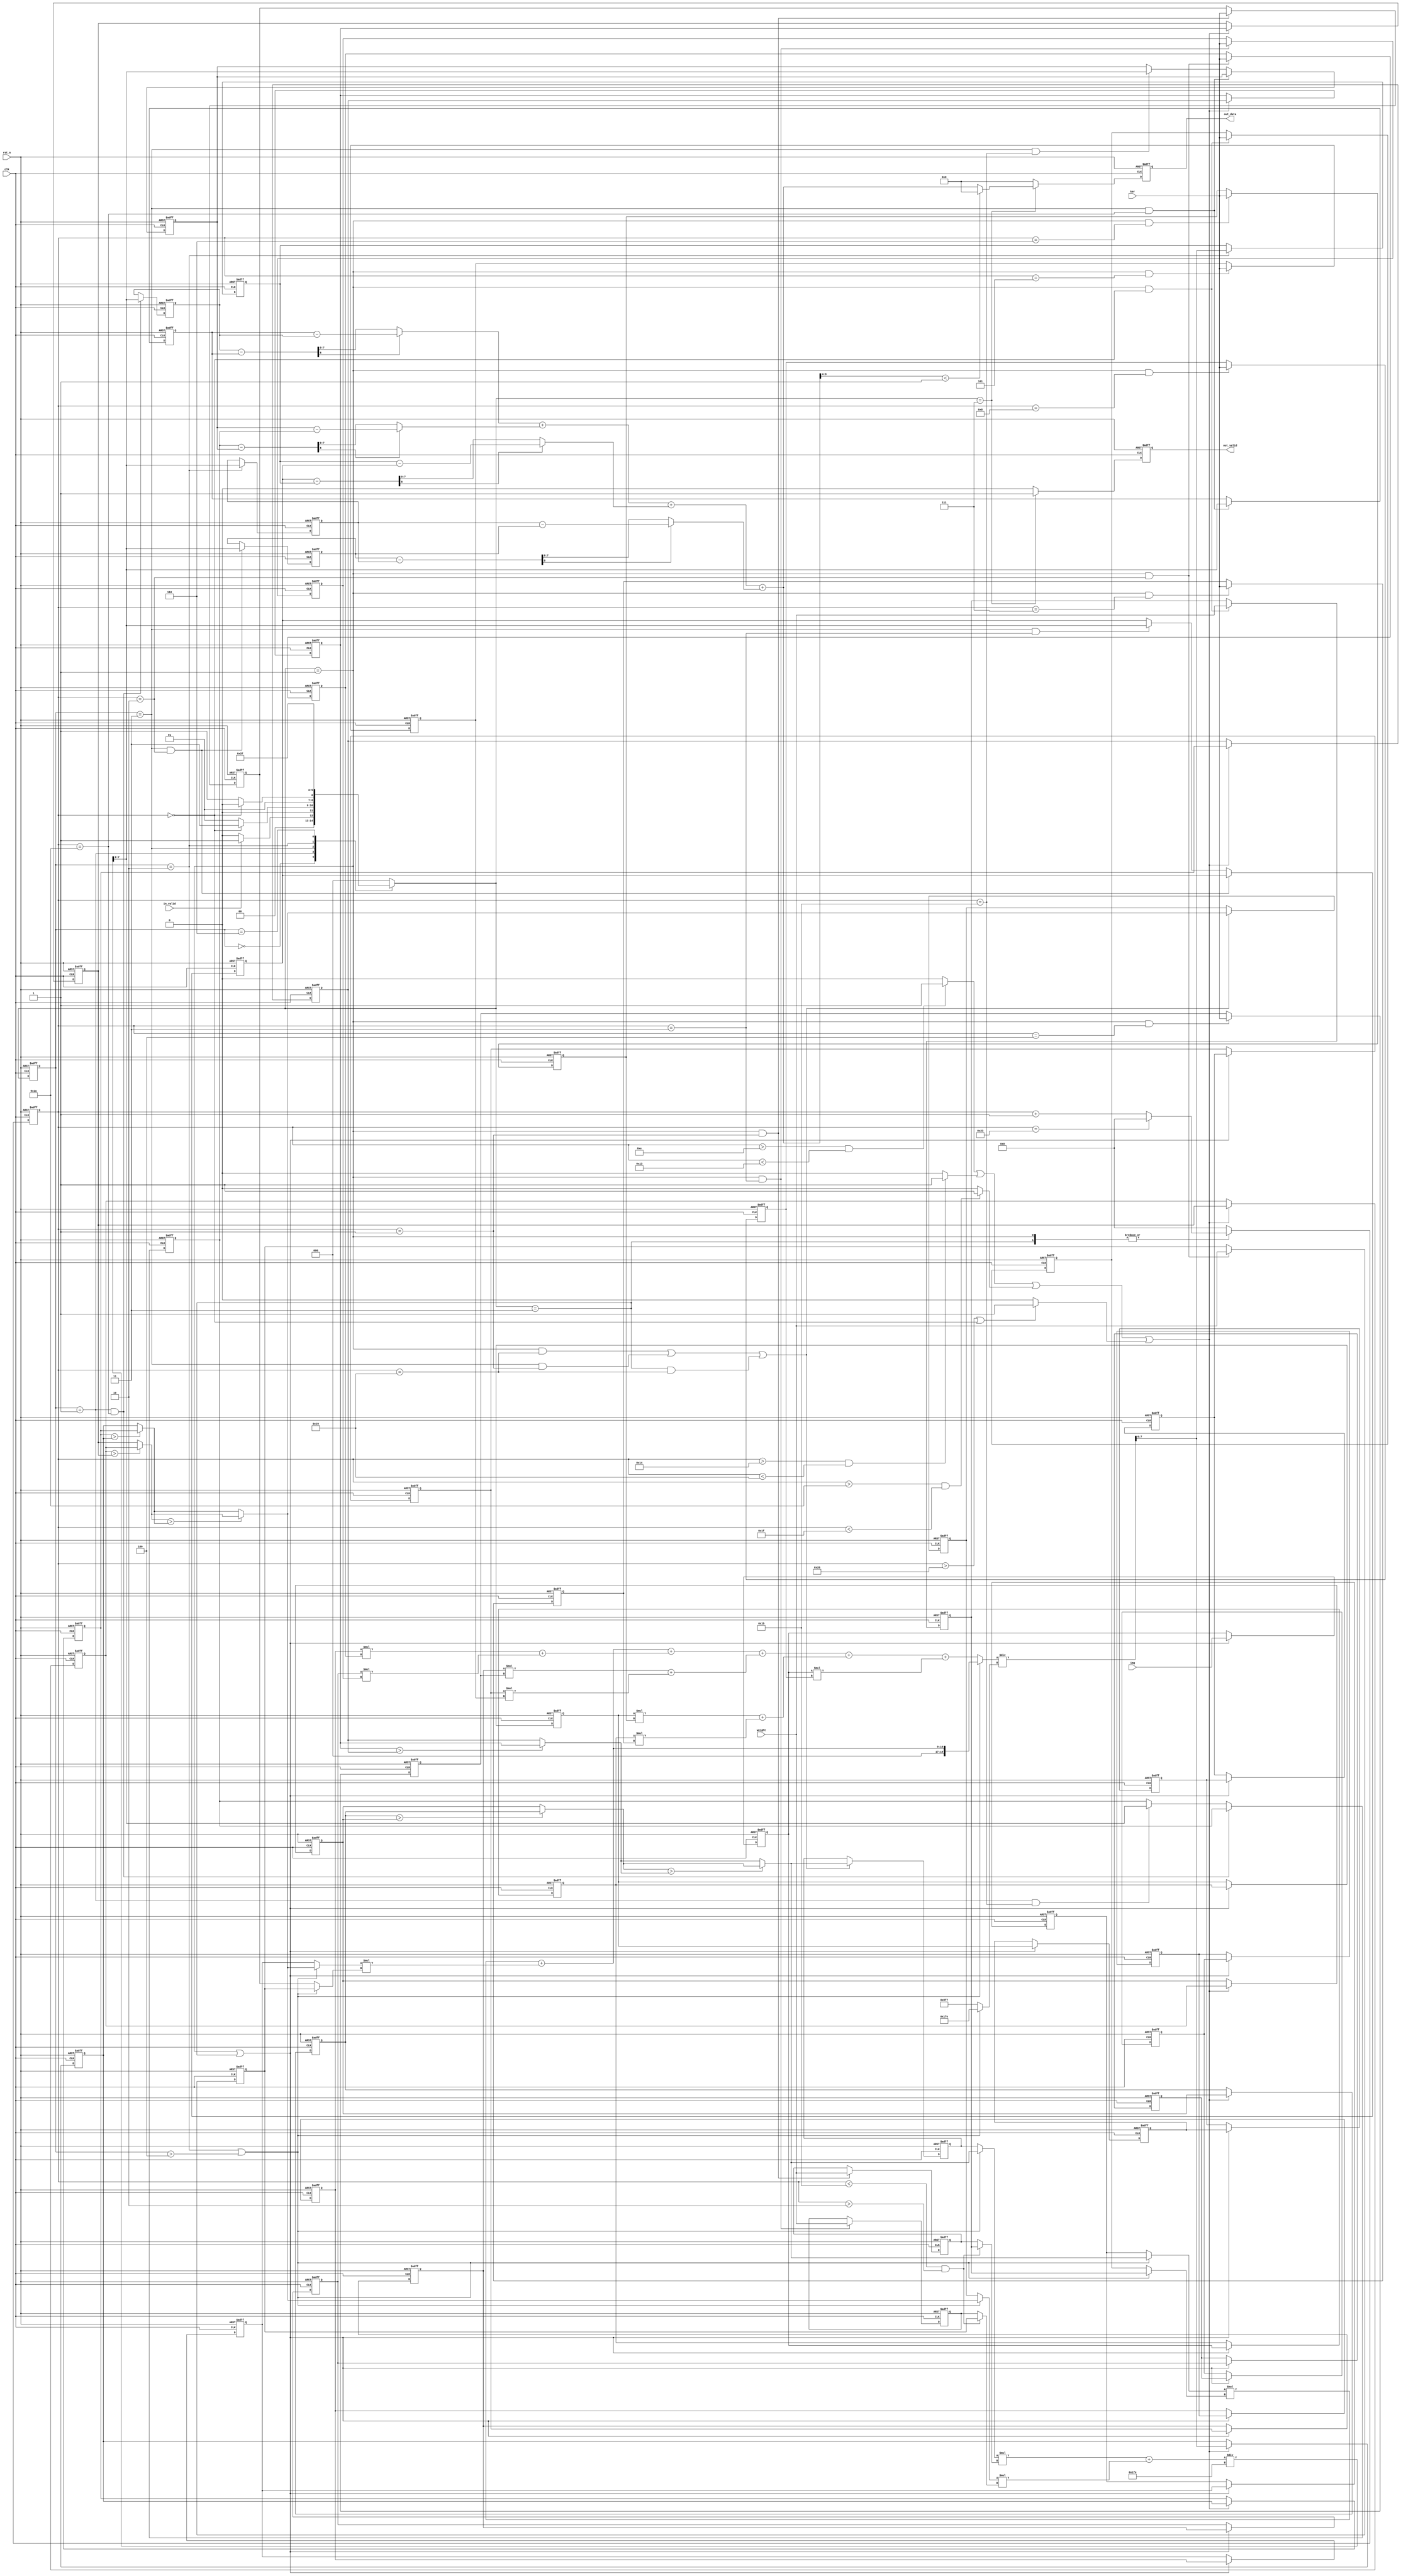
//===================================================================
//	v6
//===================================================================
// main
module SNN(
	// Input signals
	clk,
	rst_n,
	in_valid,
	img,
	ker,
	weight,
	// Output signals
	out_valid,
	out_data
);

input clk;
input rst_n;
input in_valid;
input [7:0] img;
input [7:0] ker;
input [7:0] weight;

output reg out_valid;
output reg [9:0] out_data;

//==============================================//
//       parameter & integer declaration        //
//==============================================//
parameter S_IDLE = 'd0,
		  S_INPUT_1 = 'd1,
		  S_INPUT_2 = 'd3,
		  S_CNN_2 = 'd2,
		  S_NN_2 = 'd6,
		  S_OUT    = 'd7;

//==============================================//
//           reg & wire declaration             //
//==============================================//

reg [2:0] current_state, next_state;



reg [7:0] weight_map[1:0][1:0];
reg [7:0] kernel[2:0][2:0];
reg [7:0] img0 [14:0];//, img1 [5:0][5:0];

//reg [7:0] cnn_map [3:0][3:0];

reg [7:0] cnn_map0[7:0];
reg [7:0] max_map_new[1:0];

//wire [11:0] divisor;
wire [7:0] ratio_result_cnn, ratio_result_vec;
wire [11:0] ratio_b;
wire [19:0] ratio_a;

reg [7:0] nn_1[3:0], nn_2[3:0];

wire [15:0] mult_comb_result[8:0];
wire [7:0] mult_a[3:0], mult_b[3:0];




wire [16:0] add_2_result[3:0];
wire [19:0] add_9_result;

wire [7:0] sort_a[1:0], sort_b[1:0], sort_result[1:0];

wire signed [8:0] sub_comb_result[3:0];
wire [7:0] sub_comb_result_in[3:0];
wire [7:0] L1_partial_comb [3:0];
wire [9:0] L1_comb_result; //9:0
wire [9:0] out_result;//9:0


reg [5:0] cnt, cnt_comb;


wire section_en[3:0];

wire[16:0] nn_comb;
wire[7:0] weight_sel[1:0];
wire[16:0] ratio_c;


wire cnt_eq_2;
wire [7:0] nn_a,nn_b;
//==============================================//
//                  design                      //
//==============================================//

//-------------------------------------------
//	OUTPUT ctr
//-------------------------------------------

assign out_result = (L1_comb_result[9:4]<'b1)?'b0:L1_comb_result;
always @(posedge clk or negedge rst_n) begin
	if(~rst_n)					out_valid <= 'b0;
	else if(next_state==S_OUT)	out_valid <= 'b1;
	else						out_valid <= 'b0;
end
always @(posedge clk or negedge rst_n) begin
	if(~rst_n)					out_data <= 'b0;
	else if(next_state==S_OUT)	out_data <=  out_result;
	else						out_data <= 'b0;
end

//-------------------------------------------
//	FSM ctr
//-------------------------------------------
always@(posedge clk or negedge rst_n)begin
	if(~rst_n)	current_state <= S_IDLE;
	else		current_state <= next_state;
end
always@(*)begin
	case(current_state)
	S_IDLE:		if(in_valid)	next_state = S_INPUT_1;
				else			next_state = S_IDLE;
	S_INPUT_1:	if(cnt=='b0)	next_state = S_INPUT_2;
				else			next_state = S_INPUT_1;

	S_INPUT_2:  if(cnt=='b0)    next_state = S_CNN_2;
				else			next_state = S_INPUT_2;

	S_CNN_2:	next_state = S_NN_2;
	//S_NN_1:		if(cnt=='b0)	next_state = S_NN_2;
	//			else			next_state = S_NN_1;
	S_NN_2:		next_state = S_OUT;
				//if(cnt=='b0)	next_state = S_OUT;//S_L1_ACT;//S_L1_ACT;
				//else			next_state = S_NN_2;
	//S_L1_ACT:	next_state = S_OUT;


	default:	next_state = S_IDLE;
	endcase

end
//-------------------------------------------
//	cnt ctr
//-------------------------------------------
always@(*)begin
	case(next_state)
		S_IDLE:		cnt_comb = 'b0;
		S_INPUT_1:	cnt_comb = (cnt=='d35)?'b0: cnt + 'b1;
		S_INPUT_2:	cnt_comb = (cnt=='d35)?'b0: cnt + 'b1;
		S_CNN_2:	cnt_comb = 'b0;
		//S_NN_1:		cnt_comb = (cnt=='d1)?'b0: cnt + 'b1;
		S_NN_2:		cnt_comb = 'b0;

	default:	cnt_comb = 'b0;
	endcase
end



always@(posedge clk or negedge rst_n)begin
	if(~rst_n)	cnt <= 'b0;
	else		cnt <= cnt_comb;
end
//-------------------------------------------
//	INPUT ctr
//-------------------------------------------
genvar img_idx;
generate
	for(img_idx=0;img_idx<15;img_idx=img_idx+1)begin
		if(img_idx==14)begin
			always@(posedge clk or negedge rst_n)begin
				if(~rst_n)							img0[14] <= 'b0;
				else if(next_state == S_INPUT_1|next_state == S_INPUT_2)	
					img0[14] <= img;
				else								img0[14] <= img0[14];
			end
		end
		else begin
			always@(posedge clk or negedge rst_n)begin
				if(~rst_n)							img0[img_idx] <= 'b0;
				else if(next_state == S_INPUT_1|next_state == S_INPUT_2)	
					img0[img_idx] <= img0[img_idx+1];
				else								img0[img_idx] <= img0[img_idx];
			end
		end
	end


endgenerate


/*
always@(posedge clk or negedge rst_n)begin
	if(~rst_n)begin
		weight_map[0][0] <= 'b0; weight_map[0][1] <= 'b0;
		weight_map[1][0] <= 'b0; weight_map[1][1] <= 'b0;
	end
	else if(next_state == S_INPUT_1&(cnt<'d4))begin
		weight_map[0][0] <= weight_map[1][0]; weight_map[1][0] <= weight_map[0][1];
		weight_map[0][1] <= weight_map[1][1]; weight_map[1][1] <= weight;
	end
	else begin
		weight_map[0][0] <= weight_map[0][0]; weight_map[0][1] <= weight_map[0][1];
		weight_map[1][0] <= weight_map[1][0]; weight_map[1][1] <= weight_map[1][1];
	end
end



genvar ker_i, ker_j;
generate
	for(ker_i=0;ker_i<3;ker_i=ker_i+1)begin
		for(ker_j=0;ker_j<3;ker_j=ker_j+1)begin
			if((ker_i==2)&(ker_j==2))begin
				always@(posedge clk or negedge rst_n)begin
					if(~rst_n)										kernel[2][2] <= 'b0;
					else if(next_state == S_INPUT_1 &(cnt<'d9))		kernel[2][2] <= ker;
					else											kernel[2][2] <= kernel[2][2];
				end
			end
			else begin
				always@(posedge clk or negedge rst_n)begin
					if(~rst_n)										kernel[ker_i][ker_j] <= 'b0;
					else if(next_state == S_INPUT_1 &(cnt<'d9))		kernel[ker_i][ker_j] <= kernel[ker_i + (ker_j == 2)][(ker_j + 1) % 3];
					else											kernel[ker_i][ker_j] <= kernel[ker_i][ker_j];
				end
			end
		end
	end
endgenerate

*/



always@(posedge clk or negedge rst_n)begin
	if(~rst_n)								weight_map[0][0] <= 'b0;
	else if(next_state==S_INPUT_1&cnt=='d0)	weight_map[0][0] <= weight;
	else									weight_map[0][0] <= weight_map[0][0];
end
always@(posedge clk or negedge rst_n)begin
	if(~rst_n)								weight_map[1][0] <= 'b0;
	else if(next_state==S_INPUT_1&cnt=='d1)	weight_map[1][0] <= weight;
	else									weight_map[1][0] <= weight_map[1][0];
end

always@(posedge clk or negedge rst_n)begin
	if(~rst_n)								weight_map[0][1] <= 'b0;
	else if(next_state==S_INPUT_1&cnt=='d2)	weight_map[0][1] <= weight;
	else									weight_map[0][1] <= weight_map[0][1];
end
always@(posedge clk or negedge rst_n)begin
	if(~rst_n)								weight_map[1][1] <= 'b0;
	else if(next_state==S_INPUT_1&cnt=='d3)	weight_map[1][1] <= weight;
	else									weight_map[1][1] <= weight_map[1][1];
end
/*
genvar ker_i, ker_j;
generate
	for(ker_i=0;ker_i<3;ker_i=ker_i+1)begin
		for(ker_j=0;ker_j<3;ker_j=ker_j+1)begin
			if((ker_i==2)&(ker_j==2))begin
				always@(posedge G_clock_input or negedge rst_n)begin
					if(~rst_n)										kernel[2][2] <= 'b0;
					else if(next_state == S_INPUT_1 &(cnt<'d9))		kernel[2][2] <= ker;
					else											kernel[2][2] <= kernel[2][2];
				end
			end
			else begin
				always@(posedge clk or negedge rst_n)begin
					if(~rst_n)										kernel[ker_i][ker_j] <= 'b0;
					else if(next_state == S_INPUT_1 &(cnt<'d9))		kernel[ker_i][ker_j] <= kernel[ker_i + (ker_j == 2)][(ker_j + 1) % 3];
					else											kernel[ker_i][ker_j] <= kernel[ker_i][ker_j];
				end
			end
		end
	end
endgenerate
*/
always@(posedge clk or negedge rst_n)begin
	if(~rst_n) 			kernel[0][0] <= 'b0;
	else if(next_state==S_INPUT_1&cnt=='d0)	kernel[0][0] <= ker;
	else				kernel[0][0] <= kernel[0][0];
end
always@(posedge clk or negedge rst_n)begin
	if(~rst_n) 			kernel[0][1] <= 'b0;
	else if(next_state==S_INPUT_1&cnt=='d1)	kernel[0][1] <= ker;
	else				kernel[0][1] <= kernel[0][1];
end
always@(posedge clk or negedge rst_n)begin
	if(~rst_n) 			kernel[0][2] <= 'b0;
	else if(next_state==S_INPUT_1&cnt=='d2)	kernel[0][2] <= ker;
	else				kernel[0][2] <= kernel[0][2];
end

always@(posedge clk or negedge rst_n)begin
	if(~rst_n) 			kernel[1][0] <= 'b0;
	else if(next_state==S_INPUT_1&cnt=='d3)	kernel[1][0] <= ker;
	else				kernel[1][0] <= kernel[1][0];
end
always@(posedge clk or negedge rst_n)begin
	if(~rst_n) 			kernel[1][1] <= 'b0;
	else if(next_state==S_INPUT_1&cnt=='d4)	kernel[1][1] <= ker;
	else				kernel[1][1] <= kernel[1][1];
end
always@(posedge clk or negedge rst_n)begin
	if(~rst_n) 			kernel[1][2] <= 'b0;
	else if(next_state==S_INPUT_1&cnt=='d5)	kernel[1][2] <= ker;
	else				kernel[1][2] <= kernel[1][2];
end

always@(posedge clk or negedge rst_n)begin
	if(~rst_n) 			kernel[2][0] <= 'b0;
	else if(next_state==S_INPUT_1&cnt=='d6)	kernel[2][0] <= ker;
	else				kernel[2][0] <= kernel[2][0];
end
always@(posedge clk or negedge rst_n)begin
	if(~rst_n) 			kernel[2][1] <= 'b0;
	else if(next_state==S_INPUT_1&cnt=='d7)	kernel[2][1] <= ker;
	else				kernel[2][1] <= kernel[2][1];
end
always@(posedge clk or negedge rst_n)begin
	if(~rst_n) 			kernel[2][2] <= 'b0;
	else if(next_state==S_INPUT_1&cnt=='d8)	kernel[2][2] <= ker;
	else				kernel[2][2] <= kernel[2][2];
end

































//------------------------------------------
// cnn_map
//------------------------------------------

assign section_en[0] = ((cnt>'d14)&(cnt<'d19))?'b1:'b0;	//15,16,17,18;
assign section_en[1] = ((cnt>'d20)&(cnt<'d25))?'b1:'b0;	//21,22,23,24;
assign section_en[2] = ((cnt>'d26)&(cnt<'d31))?'b1:'b0;	//27,28,29,30;
assign section_en[3] = ((cnt>'d32)|(cnt=='d0))?'b1:'b0;	//33,34,35,0;

/*
genvar cnn_i, cnn_j;
generate
	for(cnn_i=0;cnn_i<4;cnn_i=cnn_i+1)begin
		for(cnn_j=0;cnn_j<4;cnn_j=cnn_j+1)begin
			if((cnn_i==3)&(cnn_j==3))begin
				always@(posedge clk or negedge rst_n)begin
					if(~rst_n)	cnn_map[3][3] <= 'b0;
					else if(section_en[0]|section_en[1]|section_en[2]|section_en[3])begin
						cnn_map[3][3] <= ratio_result_cnn;
					end
					else begin
						cnn_map[3][3] <= cnn_map[3][3];
					end

				end
			end
			else begin



			end
		end
	end
endgenerate
*/

genvar cnn_map_idx;
generate
	for(cnn_map_idx=0;cnn_map_idx<8;cnn_map_idx=cnn_map_idx+1)begin
		if(cnn_map_idx==7)begin
			always@(posedge clk or negedge rst_n)begin
				if(~rst_n)	cnn_map0[7] <= 'b0;
				else if(section_en[0]|section_en[1]|section_en[2]|section_en[3])
					cnn_map0[7] <= ratio_result_cnn;
				else cnn_map0[7] <= cnn_map0[7];
			end
		end
		else begin
			always@(posedge clk or negedge rst_n)begin
				if(~rst_n)	cnn_map0[cnn_map_idx] <= 'b0;
				else if(section_en[0]|section_en[1]|section_en[2]|section_en[3])
					cnn_map0[cnn_map_idx] <= cnn_map0[cnn_map_idx+1];
				else	cnn_map0[cnn_map_idx] <= cnn_map0[cnn_map_idx];
			end
		end
	end
endgenerate


always@(posedge clk or negedge rst_n)begin
	if(~rst_n)begin
		max_map_new[0] <= 'b0; max_map_new[1] <= 'b0;
	end
	else begin
		if((next_state==S_INPUT_1&(cnt=='d25))|(current_state==S_INPUT_2&(cnt=='d1))|(next_state==S_INPUT_2&(cnt=='d25)))begin
			max_map_new[0] <= sort_result[0]; max_map_new[1] <= sort_result[1];
		end
		else begin
			max_map_new[0] <= max_map_new[0]; max_map_new[1] <= max_map_new[1];
		end
	end
end

/*

//max_map0
always@(posedge clk or negedge rst_n)begin
	if(~rst_n)begin
		max_map0[0][0] <= 'b0; max_map0[0][1] <= 'b0;	
	end
	else if(next_state == S_INPUT_1&(cnt=='d25))begin
		max_map0[0][0] <= sort_result[0]; max_map0[0][1] <= sort_result[1];
	end
	else begin
		max_map0[0][0] <= max_map0[0][0]; max_map0[0][1] <= max_map0[0][1];
	end 
end
always@(posedge clk or negedge rst_n)begin
	if(~rst_n)begin
		max_map0[1][0] <= 'b0; max_map0[1][1] <= 'b0;
	end
	else if(current_state == S_INPUT_2&(cnt=='d1))begin
		max_map0[1][0] <= sort_result[0]; max_map0[1][1] <= sort_result[1];
	end
	else begin
		max_map0[1][0] <= max_map0[1][0]; max_map0[1][1] <= max_map0[1][1];
	end 
end

//max_map1
always@(posedge clk or negedge rst_n)begin
	if(~rst_n)begin
		max_map1[0][0] <= 'b0; max_map1[0][1] <= 'b0;	
	end
	else if(next_state == S_INPUT_2&(cnt=='d25))begin
		max_map1[0][0] <= sort_result[0]; max_map1[0][1] <= sort_result[1];
	end
	else begin
		max_map1[0][0] <= max_map1[0][0]; max_map1[0][1] <= max_map1[0][1];
	end 
end
always@(posedge clk or negedge rst_n)begin
	if(~rst_n)begin
		max_map1[1][0] <= 'b0; max_map1[1][1] <= 'b0;
	end
	else if(current_state == S_CNN_2&(cnt=='d0))begin
		max_map1[1][0] <= sort_result[0]; max_map1[1][1] <= sort_result[1];
	end
	else begin
		max_map1[1][0] <= max_map1[1][0]; max_map1[1][1] <= max_map1[1][1];
	end 
end

*/

//nn_1
/*
always@(posedge clk or negedge rst_n)begin
	if(~rst_n)begin
		nn_1[0] <= 'b0; nn_1[3] <= 'b0;	
	end
	else if(current_state == S_INPUT_1&(cnt=='d26))begin
		nn_1[0] <= ratio_result_vec;
	end
	else if(current_state == S_NN_1&(cnt=='d1))begin
		//nn_1[0] <= ratio_result_cnn; 
		nn_1[3] <= ratio_result_vec;
	end
	else begin
		nn_1[0] <= nn_1[0]; nn_1[3] <= nn_1[3];
	end 
end
always@(posedge clk or negedge rst_n)begin
	if(~rst_n)begin
		nn_1[2] <= 'b0; nn_1[1] <= 'b0;	
	end
	else if(current_state == S_INPUT_1&(cnt=='d27))begin
	 	nn_1[1] <= ratio_result_vec;
	end
	else if(current_state == S_NN_1&(cnt=='d0))begin
		nn_1[2] <= ratio_result_cnn;// nn_1[1] <= ratio_result_vec;
	end
	else begin
		nn_1[2] <= nn_1[2]; nn_1[1] <= nn_1[1];
	end 
end
*/
always@(posedge clk or negedge rst_n)begin
	if(~rst_n)begin
		nn_1[0] <= 'b0; nn_1[1] <= 'b0;
	end
	else if(current_state == S_INPUT_1&(cnt=='d26))begin
		nn_1[0] <= ratio_result_vec;
	end
	else if(current_state == S_INPUT_1&(cnt=='d27))begin
		nn_1[1] <= ratio_result_vec;
	end
	else begin
		nn_1[0] <= nn_1[0]; nn_1[1] <= nn_1[1];
	end
end

always@(posedge clk or negedge rst_n)begin
	if(~rst_n)begin
		nn_1[2] <= 'b0; nn_1[3] <= 'b0;
	end
	else if(current_state == S_INPUT_2&(cnt=='d2))begin
		nn_1[3] <= ratio_result_vec;
	end
	else if(current_state == S_INPUT_2&(cnt=='d3))begin
		nn_1[2] <= ratio_result_vec;
	end
	else begin
		nn_1[2] <= nn_1[2]; nn_1[3] <= nn_1[3];
	end
end
//nn_2
always@(posedge clk or negedge rst_n)begin
	if(~rst_n)begin
		nn_2[0] <= 'b0; nn_2[1] <= 'b0;
	end
	else if(current_state == S_INPUT_2&(cnt=='d26))begin
		nn_2[0] <= ratio_result_vec;
	end
	else if(current_state == S_INPUT_2&(cnt=='d27))begin
		nn_2[1] <= ratio_result_vec;
	end
	else begin
		nn_2[0] <= nn_2[0]; nn_2[1] <= nn_2[1];
	end
end

always@(posedge clk or negedge rst_n)begin
	if(~rst_n)begin
		nn_2[2] <= 'b0; nn_2[3] <= 'b0;	
	end
	else if(current_state == S_CNN_2)begin
		nn_2[2] <= ratio_result_cnn; nn_2[3] <= ratio_result_vec;
	end
	else begin
		nn_2[2] <= nn_2[2]; nn_2[3] <= nn_2[3];
	end 
end

//-------------------------------------------
//	comb
//-------------------------------------------
assign cnt_eq_2 = current_state == 'd2|current_state>'d4;
assign mult_a[0] = (cnt_eq_2)?sort_result[0]:img0[0]; //max_map1[1][0];
assign mult_b[0] = (cnt_eq_2)?weight_map[0][0]:kernel[0][0];
assign mult_a[1] = (cnt_eq_2)?sort_result[1]:img0[1];//max_map1[1][1];
assign mult_b[1] = (cnt_eq_2)?weight_map[0][1]:kernel[0][1];


//assign mult_a[2] = (current_state<'d4)?img0[2]:(current_state==S_NN_1)?max_map0[1][0]:max_map1[1][0];
//assign mult_b[2] = (current_state<'d4)?kernel[0][2]:weight_map[1][0];
//assign mult_a[3] = (current_state<'d4)?img0[6]:(current_state==S_NN_1)?max_map0[1][1]:max_map1[1][1];
//assign mult_b[3] = (current_state<'d4)?kernel[1][0]:weight_map[1][1];



//assign mult_comb_result[0] = img0[0] * kernel[0][0];
//assign mult_comb_result[1] = img0[1] * kernel[0][1];
//assign mult_comb_result[2] = img0[2] * kernel[0][2];
//assign mult_comb_result[3] = img0[6] * kernel[1][0];
assign mult_comb_result[0] = mult_a[0] * mult_b[0];
assign mult_comb_result[1] = mult_a[1] * mult_b[1];
//assign mult_comb_result[2] = mult_a[2] * mult_b[2];
//assign mult_comb_result[3] = mult_a[3] * mult_b[3];
assign mult_comb_result[2] = img0[2] * kernel[0][2];
assign mult_comb_result[3] = img0[6] * kernel[1][0];

assign mult_comb_result[4] = img0[7] * kernel[1][1];
assign mult_comb_result[5] = img0[8] * kernel[1][2];
assign mult_comb_result[6] = img0[12] * kernel[2][0];
assign mult_comb_result[7] = img0[13] * kernel[2][1];
assign mult_comb_result[8] = img0[14] * kernel[2][2];

assign add_2_result[0] = mult_comb_result[0] + mult_comb_result[1];
assign add_2_result[1] = mult_comb_result[2] + mult_comb_result[3];
assign add_2_result[2] = mult_comb_result[4] + mult_comb_result[5];
assign add_2_result[3] = mult_comb_result[6] + mult_comb_result[7];
assign add_9_result = add_2_result[0] + add_2_result[1] + add_2_result[2] + add_2_result[3] + mult_comb_result[8];

//nn1, 1st nn2
assign weight_sel[0] = (cnt<'d27&cnt>'d2)?weight_map[0][0]:weight_map[1][0];
assign weight_sel[1] = (cnt<'d27&cnt>'d2)?weight_map[0][1]:weight_map[1][1];


assign nn_a = (cnt_eq_2)?sort_result[0]:max_map_new[0];
assign nn_b = (cnt_eq_2)?sort_result[1]:max_map_new[1];

//assign nn_comb = max_map_new[0] * weight_sel[0] + max_map_new[1] * weight_sel[1];
assign nn_comb = nn_a * weight_sel[0] + nn_b * weight_sel[1];
//assign ratio_c = (current_state<'d4)?nn_comb:add_2_result[1];

assign ratio_a = (cnt_eq_2)?add_2_result[0]:add_9_result;
assign ratio_b = (cnt_eq_2)?12'd510:12'd2295;
assign ratio_result_cnn = ratio_a/ratio_b;     //(12'd2295);
assign ratio_result_vec = nn_comb/9'd510;




assign sort_a[0] = (cnn_map0[0]>cnn_map0[1])?cnn_map0[0]:cnn_map0[1];
assign sort_b[0] = (cnn_map0[4]>cnn_map0[5])?cnn_map0[4]:cnn_map0[5];
assign sort_result[0] = (sort_a[0]>sort_b[0])?sort_a[0]:sort_b[0];

assign sort_a[1] = (cnn_map0[2]>cnn_map0[3])?cnn_map0[2]:cnn_map0[3];
assign sort_b[1] = (cnn_map0[6]>cnn_map0[7])?cnn_map0[6]:cnn_map0[7];
assign sort_result[1] = (sort_a[1]>sort_b[1])?sort_a[1]:sort_b[1];


assign sub_comb_result[0] = nn_1[0] - nn_2[0];
assign sub_comb_result[1] = nn_1[1] - nn_2[1];
assign sub_comb_result[2] = nn_1[2] - nn_2[2];
assign sub_comb_result[3] = nn_1[3] - nn_2[3];

assign sub_comb_result_in[0] = nn_2[0] - nn_1[0];
assign sub_comb_result_in[1] = nn_2[1] - nn_1[1];
assign sub_comb_result_in[2] = nn_2[2] - nn_1[2];
assign sub_comb_result_in[3] = nn_2[3] - nn_1[3];

//assign L1_partial_comb[0] = (sub_comb_result[0][8])?sub_comb_result[0]*-1:sub_comb_result[0];
//assign L1_partial_comb[1] = (sub_comb_result[1][8])?sub_comb_result[1]*-1:sub_comb_result[1];
//assign L1_partial_comb[2] = (sub_comb_result[2][8])?sub_comb_result[2]*-1:sub_comb_result[2];
//assign L1_partial_comb[3] = (sub_comb_result[3][8])?sub_comb_result[3]*-1:sub_comb_result[3];

assign L1_partial_comb[0] = (sub_comb_result[0][8])?sub_comb_result_in[0]:sub_comb_result[0];
assign L1_partial_comb[1] = (sub_comb_result[1][8])?sub_comb_result_in[1]:sub_comb_result[1];
assign L1_partial_comb[2] = (sub_comb_result[2][8])?sub_comb_result_in[2]:sub_comb_result[2];
assign L1_partial_comb[3] = (sub_comb_result[3][8])?sub_comb_result_in[3]:sub_comb_result[3];

assign L1_comb_result = L1_partial_comb[0] + L1_partial_comb[1] + L1_partial_comb[2] + L1_partial_comb[3];
//assign out_result = (L1_comb_result<'d16)?'d0:L1_comb_result[9:0];




endmodule

































/*
module SNN(
	// Input signals
	clk,
	rst_n,
	in_valid,
	img,
	ker,
	weight,
	// Output signals
	out_valid,
	out_data
);

input clk;
input rst_n;
input in_valid;
input [7:0] img;
input [7:0] ker;
input [7:0] weight;

output reg out_valid;
output reg [9:0] out_data;

//==============================================//
//       parameter & integer declaration        //
//==============================================//
parameter S_IDLE = 'd0,
		  S_INPUT_1 = 'd1,
		  S_INPUT_2 = 'd2,
		  S_CNN_2 = 'd3,
		  S_NN_1 = 'd4,
		  S_NN_2 = 'd5,
		  S_L1_ACT = 'd6,
		  S_OUT    = 'd7;

//==============================================//
//           reg & wire declaration             //
//==============================================//

reg [2:0] current_state, next_state;



reg [7:0] weight_map[1:0][1:0];
reg [7:0] kernel[2:0][2:0];
reg [7:0] img0 [14:0];//, img1 [5:0][5:0];

//reg [7:0] cnn_map [3:0][3:0];

reg [7:0] cnn_map0[7:0];
reg [7:0] max_map0[1:0][1:0], max_map1[1:0][1:0];


//wire [11:0] divisor;
wire [7:0] ratio_result_cnn, ratio_result_vec;
wire [11:0] ratio_b;
wire [19:0] ratio_a;

reg [7:0] nn_1[3:0], nn_2[3:0];

wire [15:0] mult_comb_result[8:0];
wire [7:0] mult_a[3:0], mult_b[3:0];




wire [16:0] add_2_result[3:0];
wire [19:0] add_9_result;

wire [7:0] sort_a[3:0], sort_b[3:0], sort_result[3:0];

wire signed [8:0] sub_comb_result[3:0];
wire [7:0] L1_partial_comb [3:0];
wire [9:0] L1_comb_result; //9:0
wire [9:0] out_result;//9:0


reg [5:0] cnt, cnt_comb;


wire section_en[3:0];
//==============================================//
//                  design                      //
//==============================================//

//-------------------------------------------
//	OUTPUT ctr
//-------------------------------------------

assign out_result = (L1_comb_result[9:4]<'b1)?'b0:L1_comb_result;
always @(posedge clk or negedge rst_n) begin
	if(~rst_n)					out_valid <= 'b0;
	else if(next_state==S_OUT)	out_valid <= 'b1;
	else						out_valid <= 'b0;
end
always @(posedge clk or negedge rst_n) begin
	if(~rst_n)					out_data <= 'b0;
	else if(next_state==S_OUT)	out_data <=  out_result;
	else						out_data <= 'b0;
end

//-------------------------------------------
//	FSM ctr
//-------------------------------------------
always@(posedge clk or negedge rst_n)begin
	if(~rst_n)	current_state <= S_IDLE;
	else		current_state <= next_state;
end
always@(*)begin
	case(current_state)
	S_IDLE:		if(in_valid)	next_state = S_INPUT_1;
				else			next_state = S_IDLE;
	S_INPUT_1:	if(cnt=='b0)	next_state = S_INPUT_2;
				else			next_state = S_INPUT_1;

	S_INPUT_2:  if(cnt=='b0)    next_state = S_CNN_2;
				else			next_state = S_INPUT_2;

	S_CNN_2:	next_state = S_NN_1;
	S_NN_1:		if(cnt=='b0)	next_state = S_NN_2;
				else			next_state = S_NN_1;
	S_NN_2:		if(cnt=='b0)	next_state = S_L1_ACT;//S_L1_ACT;
				else			next_state = S_NN_2;
	S_L1_ACT:	next_state = S_OUT;


	default:	next_state = S_IDLE;
	endcase

end
//-------------------------------------------
//	cnt ctr
//-------------------------------------------
always@(*)begin
	case(next_state)
		S_IDLE:		cnt_comb = 'b0;
		S_INPUT_1:	cnt_comb = (cnt=='d35)?'b0: cnt + 'b1;
		S_INPUT_2:	cnt_comb = (cnt=='d35)?'b0: cnt + 'b1;
		S_CNN_2:	cnt_comb = 'b0;
		S_NN_1:		cnt_comb = (cnt=='d1)?'b0: cnt + 'b1;
		S_NN_2:		cnt_comb = (cnt=='d1)?'b0: cnt + 'b1;

	default:	cnt_comb = 'b0;
	endcase
end



always@(posedge clk or negedge rst_n)begin
	if(~rst_n)	cnt <= 'b0;
	else		cnt <= cnt_comb;
end
//-------------------------------------------
//	INPUT ctr
//-------------------------------------------
genvar img_idx;
generate
	for(img_idx=0;img_idx<15;img_idx=img_idx+1)begin
		if(img_idx==14)begin
			always@(posedge clk or negedge rst_n)begin
				if(~rst_n)							img0[14] <= 'b0;
				else if(next_state == S_INPUT_1|next_state == S_INPUT_2)	
					img0[14] <= img;
				else								img0[14] <= img0[14];
			end
		end
		else begin
			always@(posedge clk or negedge rst_n)begin
				if(~rst_n)							img0[img_idx] <= 'b0;
				else if(next_state == S_INPUT_1|next_state == S_INPUT_2)	
					img0[img_idx] <= img0[img_idx+1];
				else								img0[img_idx] <= img0[img_idx];
			end
		end
	end


endgenerate
always@(posedge clk or negedge rst_n)begin
	if(~rst_n)begin
		weight_map[0][0] <= 'b0; weight_map[0][1] <= 'b0;
		weight_map[1][0] <= 'b0; weight_map[1][1] <= 'b0;
	end
	else if(next_state == S_INPUT_1&(cnt<'d4))begin
		weight_map[0][0] <= weight_map[1][0]; weight_map[1][0] <= weight_map[0][1];
		weight_map[0][1] <= weight_map[1][1]; weight_map[1][1] <= weight;
	end
	else begin
		weight_map[0][0] <= weight_map[0][0]; weight_map[0][1] <= weight_map[0][1];
		weight_map[1][0] <= weight_map[1][0]; weight_map[1][1] <= weight_map[1][1];
	end
end



genvar ker_i, ker_j;
generate
	for(ker_i=0;ker_i<3;ker_i=ker_i+1)begin
		for(ker_j=0;ker_j<3;ker_j=ker_j+1)begin
			if((ker_i==2)&(ker_j==2))begin
				always@(posedge clk or negedge rst_n)begin
					if(~rst_n)										kernel[2][2] <= 'b0;
					else if(next_state == S_INPUT_1 &(cnt<'d9))		kernel[2][2] <= ker;
					else											kernel[2][2] <= kernel[2][2];
				end
			end
			else begin
				always@(posedge clk or negedge rst_n)begin
					if(~rst_n)										kernel[ker_i][ker_j] <= 'b0;
					else if(next_state == S_INPUT_1 &(cnt<'d9))		kernel[ker_i][ker_j] <= kernel[ker_i + (ker_j == 2)][(ker_j + 1) % 3];
					else											kernel[ker_i][ker_j] <= kernel[ker_i][ker_j];
				end
			end
		end
	end
endgenerate


//------------------------------------------
// cnn_map
//------------------------------------------

assign section_en[0] = ((cnt>'d14)&(cnt<'d19))?'b1:'b0;	//15,16,17,18;
assign section_en[1] = ((cnt>'d20)&(cnt<'d25))?'b1:'b0;	//21,22,23,24;
assign section_en[2] = ((cnt>'d26)&(cnt<'d31))?'b1:'b0;	//27,28,29,30;
assign section_en[3] = ((cnt>'d32)|(cnt=='d0))?'b1:'b0;	//33,34,35,0;



genvar cnn_map_idx;
generate
	for(cnn_map_idx=0;cnn_map_idx<8;cnn_map_idx=cnn_map_idx+1)begin
		if(cnn_map_idx==7)begin
			always@(posedge clk or negedge rst_n)begin
				if(~rst_n)	cnn_map0[7] <= 'b0;
				else if(section_en[0]|section_en[1]|section_en[2]|section_en[3])
					cnn_map0[7] <= ratio_result_cnn;
				else cnn_map0[7] <= cnn_map0[7];
			end
		end
		else begin
			always@(posedge clk or negedge rst_n)begin
				if(~rst_n)	cnn_map0[cnn_map_idx] <= 'b0;
				else if(section_en[0]|section_en[1]|section_en[2]|section_en[3])
					cnn_map0[cnn_map_idx] <= cnn_map0[cnn_map_idx+1];
				else	cnn_map0[cnn_map_idx] <= cnn_map0[cnn_map_idx];
			end
		end
	end
endgenerate


//max_map0
always@(posedge clk or negedge rst_n)begin
	if(~rst_n)begin
		max_map0[0][0] <= 'b0; max_map0[0][1] <= 'b0;	
	end
	else if(next_state == S_INPUT_1&(cnt=='d25))begin
		max_map0[0][0] <= sort_result[0]; max_map0[0][1] <= sort_result[1];
	end
	else if(next_state == S_NN_1&(cnt=='d1))begin
		max_map0[0][0] <= max_map0[1][0]; max_map0[0][1] <= max_map0[1][1];
	end
	else begin
		max_map0[0][0] <= max_map0[0][0]; max_map0[0][1] <= max_map0[0][1];
	end 
end
always@(posedge clk or negedge rst_n)begin
	if(~rst_n)begin
		max_map0[1][0] <= 'b0; max_map0[1][1] <= 'b0;
	end
	else if(current_state == S_INPUT_2&(cnt=='d1))begin
		max_map0[1][0] <= sort_result[0]; max_map0[1][1] <= sort_result[1];
	end
	else if(next_state == S_NN_1&(cnt=='d1))begin
		max_map0[1][0] <= max_map0[0][0]; max_map0[1][1] <= max_map0[0][1];
	end
	else begin
		max_map0[1][0] <= max_map0[1][0]; max_map0[1][1] <= max_map0[1][1];
	end 
end

//max_map1
always@(posedge clk or negedge rst_n)begin
	if(~rst_n)begin
		max_map1[0][0] <= 'b0; max_map1[0][1] <= 'b0;	
	end
	else if(next_state == S_INPUT_2&(cnt=='d25))begin
		max_map1[0][0] <= sort_result[0]; max_map1[0][1] <= sort_result[1];
	end
	else if(next_state == S_NN_2&(cnt=='d1))begin
		max_map1[0][0] <= max_map1[1][0]; max_map1[0][1] <= max_map1[1][1];
	end
	else begin
		max_map1[0][0] <= max_map1[0][0]; max_map1[0][1] <= max_map1[0][1];
	end 
end
always@(posedge clk or negedge rst_n)begin
	if(~rst_n)begin
		max_map1[1][0] <= 'b0; max_map1[1][1] <= 'b0;
	end
	else if(current_state == S_CNN_2&(cnt=='d0))begin
		max_map1[1][0] <= sort_result[0]; max_map1[1][1] <= sort_result[1];
	end
	else if(current_state == S_NN_2&(cnt=='d1))begin
		max_map1[1][0] <= max_map1[0][0]; max_map1[1][1] <= max_map1[0][1];
	end
	else begin
		max_map1[1][0] <= max_map1[1][0]; max_map1[1][1] <= max_map1[1][1];
	end 
end
//nn_1
always@(posedge clk or negedge rst_n)begin
	if(~rst_n)begin
		nn_1[0] <= 'b0; nn_1[3] <= 'b0;	
	end
	else if(current_state == S_NN_1&(cnt=='d1))begin
		nn_1[0] <= ratio_result_cnn; nn_1[3] <= ratio_result_vec;
	end
	else begin
		nn_1[0] <= nn_1[0]; nn_1[3] <= nn_1[3];
	end 
end
always@(posedge clk or negedge rst_n)begin
	if(~rst_n)begin
		nn_1[2] <= 'b0; nn_1[1] <= 'b0;	
	end
	else if(current_state == S_NN_1&(cnt=='d0))begin
		nn_1[2] <= ratio_result_cnn; nn_1[1] <= ratio_result_vec;
	end
	else begin
		nn_1[2] <= nn_1[2]; nn_1[1] <= nn_1[1];
	end 
end
//nn_2
always@(posedge clk or negedge rst_n)begin
	if(~rst_n)begin
		nn_2[0] <= 'b0; nn_2[3] <= 'b0;	
	end
	else if(current_state == S_NN_2&(cnt=='d1))begin
		nn_2[0] <= ratio_result_cnn; nn_2[3] <= ratio_result_vec;
	end
	else begin
		nn_2[0] <= nn_2[0]; nn_2[3] <= nn_2[3];
	end 
end
always@(posedge clk or negedge rst_n)begin
	if(~rst_n)begin
		nn_2[2] <= 'b0; nn_2[1] <= 'b0;	
	end
	else if(current_state == S_NN_2&(cnt=='d0))begin
		nn_2[2] <= ratio_result_cnn; nn_2[1] <= ratio_result_vec;
	end
	else begin
		nn_2[2] <= nn_2[2]; nn_2[1] <= nn_2[1];
	end 
end





//-------------------------------------------
//	comb
//-------------------------------------------
assign mult_a[0] = (current_state<'d4)?img0[0]:(current_state==S_NN_1)?max_map0[0][0]:max_map1[0][0];
assign mult_b[0] = (current_state<'d4)?kernel[0][0]:weight_map[0][0];
assign mult_a[1] = (current_state<'d4)?img0[1]:(current_state==S_NN_1)?max_map0[0][1]:max_map1[0][1];
assign mult_b[1] = (current_state<'d4)?kernel[0][1]:weight_map[0][1];


assign mult_a[2] = (current_state<'d4)?img0[2]:(current_state==S_NN_1)?max_map0[1][0]:max_map1[1][0];
assign mult_b[2] = (current_state<'d4)?kernel[0][2]:weight_map[1][0];
assign mult_a[3] = (current_state<'d4)?img0[6]:(current_state==S_NN_1)?max_map0[1][1]:max_map1[1][1];
assign mult_b[3] = (current_state<'d4)?kernel[1][0]:weight_map[1][1];



//assign mult_comb_result[0] = img0[0] * kernel[0][0];
//assign mult_comb_result[1] = img0[1] * kernel[0][1];
//assign mult_comb_result[2] = img0[2] * kernel[0][2];
//assign mult_comb_result[3] = img0[6] * kernel[1][0];
assign mult_comb_result[0] = mult_a[0] * mult_b[0];
assign mult_comb_result[1] = mult_a[1] * mult_b[1];
assign mult_comb_result[2] = mult_a[2] * mult_b[2];
assign mult_comb_result[3] = mult_a[3] * mult_b[3];

assign mult_comb_result[4] = img0[7] * kernel[1][1];
assign mult_comb_result[5] = img0[8] * kernel[1][2];
assign mult_comb_result[6] = img0[12] * kernel[2][0];
assign mult_comb_result[7] = img0[13] * kernel[2][1];
assign mult_comb_result[8] = img0[14] * kernel[2][2];

assign add_2_result[0] = mult_comb_result[0] + mult_comb_result[1];
assign add_2_result[1] = mult_comb_result[2] + mult_comb_result[3];
assign add_2_result[2] = mult_comb_result[4] + mult_comb_result[5];
assign add_2_result[3] = mult_comb_result[6] + mult_comb_result[7];
assign add_9_result = add_2_result[0] + add_2_result[1] + add_2_result[2] + add_2_result[3] + mult_comb_result[8];

assign ratio_a = (current_state<'d4)?add_9_result:add_2_result[0];
assign ratio_b = (current_state<'d4)?12'd2295:12'd510;
assign ratio_result_cnn = ratio_a/ratio_b;     //(12'd2295);
assign ratio_result_vec = add_2_result[1]/9'd510;

assign sort_a[0] = (cnn_map0[0]>cnn_map0[1])?cnn_map0[0]:cnn_map0[1];
assign sort_b[0] = (cnn_map0[4]>cnn_map0[5])?cnn_map0[4]:cnn_map0[5];
assign sort_result[0] = (sort_a[0]>sort_b[0])?sort_a[0]:sort_b[0];

assign sort_a[1] = (cnn_map0[2]>cnn_map0[3])?cnn_map0[2]:cnn_map0[3];
assign sort_b[1] = (cnn_map0[6]>cnn_map0[7])?cnn_map0[6]:cnn_map0[7];
assign sort_result[1] = (sort_a[1]>sort_b[1])?sort_a[1]:sort_b[1];


assign sub_comb_result[0] = nn_1[0] - nn_2[0];
assign sub_comb_result[1] = nn_1[1] - nn_2[1];
assign sub_comb_result[2] = nn_1[2] - nn_2[2];
assign sub_comb_result[3] = nn_1[3] - nn_2[3];

assign L1_partial_comb[0] = (sub_comb_result[0][8])?sub_comb_result[0]*-1:sub_comb_result[0];
assign L1_partial_comb[1] = (sub_comb_result[1][8])?sub_comb_result[1]*-1:sub_comb_result[1];
assign L1_partial_comb[2] = (sub_comb_result[2][8])?sub_comb_result[2]*-1:sub_comb_result[2];
assign L1_partial_comb[3] = (sub_comb_result[3][8])?sub_comb_result[3]*-1:sub_comb_result[3];

assign L1_comb_result = L1_partial_comb[0] + L1_partial_comb[1] + L1_partial_comb[2] + L1_partial_comb[3];
//assign out_result = (L1_comb_result<'d16)?'d0:L1_comb_result[9:0];




endmodule
*/